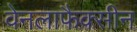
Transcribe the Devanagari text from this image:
वेनलाफैक्सीन